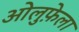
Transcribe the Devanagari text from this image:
ओलुफ़ेला